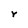
Character: r